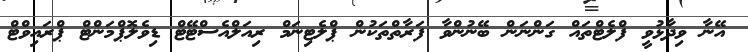
އޭނާ ވިދާޅުވީ ފްލެޓްތައް ގަންނަން ބޭނުންވާ ފަރާތްތަކުން ޕްލެޓިނަމް ރިއަލްއެސްޓޭޓް ޑިވެލޮޕްމަންޓް ޕްރައިވްޓް